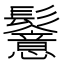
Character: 𩯵